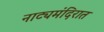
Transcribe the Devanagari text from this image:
नाट्यमंदिरात